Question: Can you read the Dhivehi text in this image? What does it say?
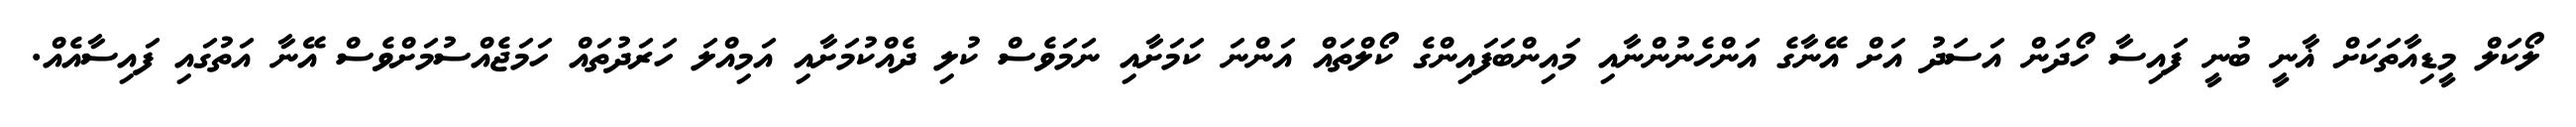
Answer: ލޯކަލް މީޑިއާތަކަށް ޣާނީ ބުނީ ފައިސާ ހޯދަން އަސަދު އަށް އޭނާގެ އަންހެނުންނާއި މައިންބަފައިންގެ ކޯލްތައް އަންނަ ކަމަށާއި ނަމަވެސް ކުލި ދެއްކުމަށާއި އަމިއްލަ ހަރަދުތައް ހަމަޖެއްސުމަށްވެސް އޭނާ އަތުގައި ފައިސާއެއް.